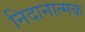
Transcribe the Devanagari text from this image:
निदानात्‍मक